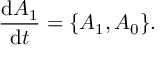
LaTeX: \frac { \mathrm { d } A _ { 1 } } { \mathrm { d } t } = \{ A _ { 1 } , A _ { 0 } \} .